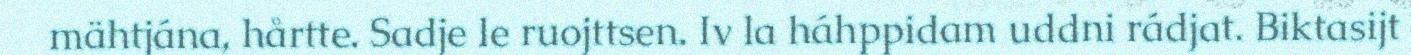
mähtjána, hårtte. Sadje le ruojttsen. Iv la háhppidam uddni rádjat. Biktasijt